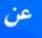
عن